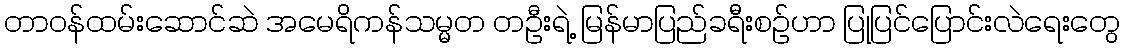
တာဝန်ထမ်းဆောင်ဆဲ အမေရိကန်သမ္မတ တဦးရဲ့ မြန်မာပြည်ခရီးစဉ်ဟာ ပြုပြင်ပြောင်းလဲရေးတွေ